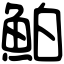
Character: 鮊